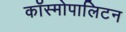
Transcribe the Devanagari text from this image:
कॉस्मोपालिटन